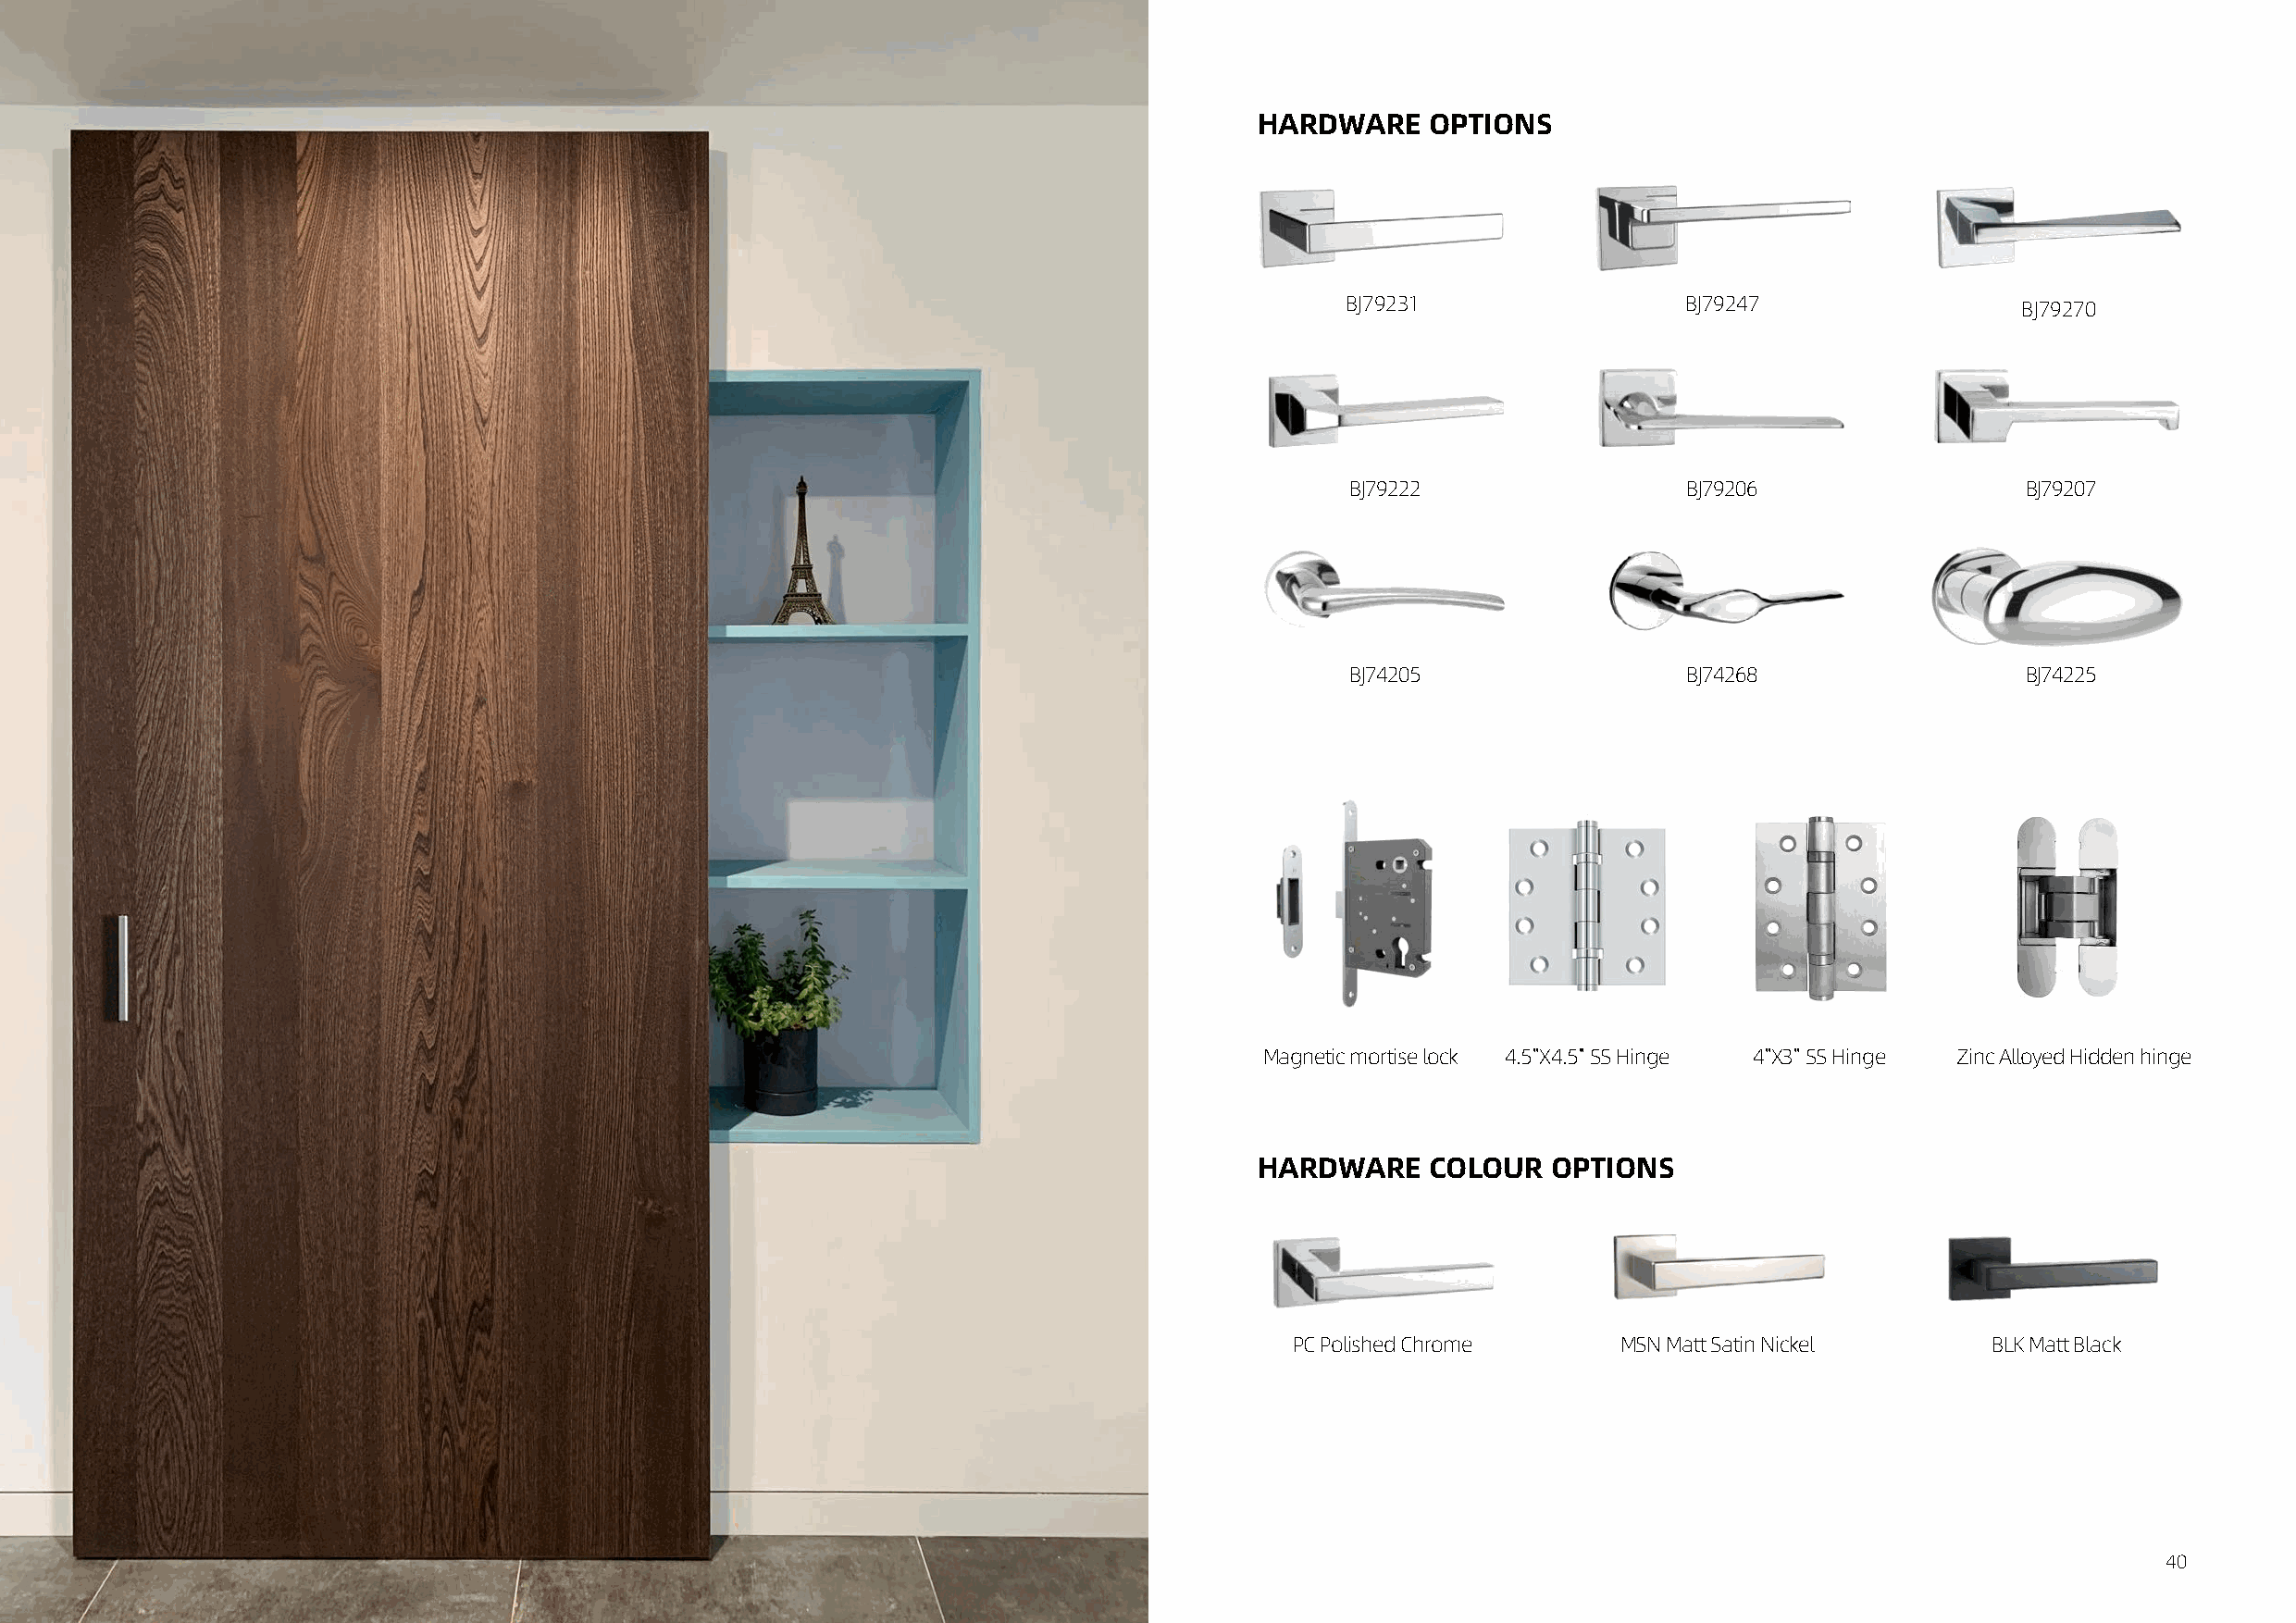
HARDWARE    OPTIONS
 BJ79231                 BJ79247                  BJ79270
 BJ79222                 BJ79206                 BJ79207
 BJ74205                 BJ74268                 BJ74225
 Magnetic mortise lock 4.5''X4.5'' SS Hinge 4''X3'' SS Hinge Zinc Alloyed Hidden hinge
 HARDWARE    COLOUR   OPTIONS
 PC Polished Chrome      MSN Matt Satin Nickel     BLK Matt Black
 39                                                                                                                                                 40